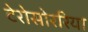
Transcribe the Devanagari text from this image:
टेरोसोररिया